Vaccine operations Central Provinces 1868-1885 - 1868-1885
Year: 1868
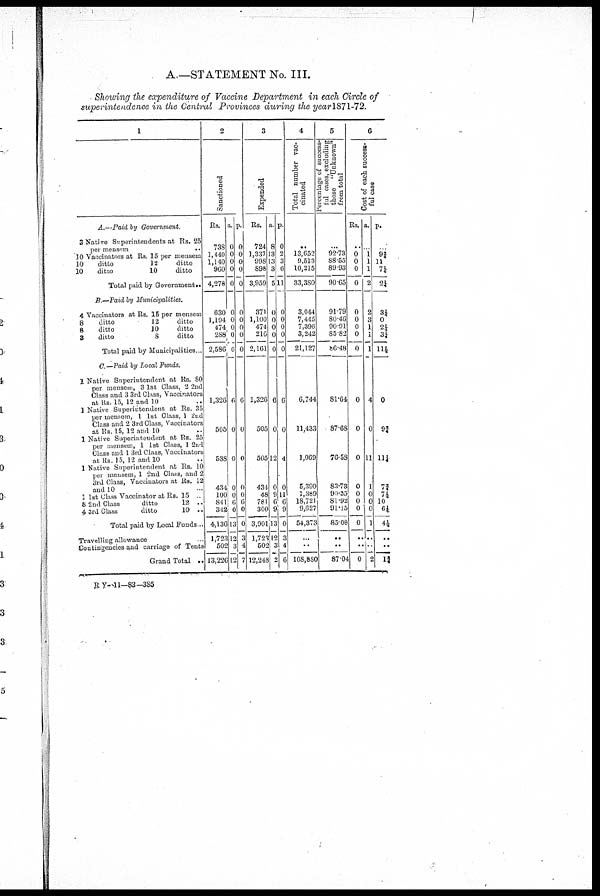
A.—STATEMENT No. III.
Showing the expenditure of Vaccine Department in each Circle of
superintendence in the Central Provinces during the year 1871-72.
1
A.—Paid by Government.
3 Native Superintendents at Rs. 25
per mensem
..
10 Vaccinators at Rs. 15 per mensem
10
ditto
12
ditto
10
ditto
10
ditto
Total paid by Government..
B.—Paid by Municipalities.
4 Vaccinators at Rs. 15 per mensem
8
ditto
12
ditto
8
ditto
10
ditto
3
ditto
8
ditto
Total paid by Municipalities. .
C.—Paid by Local Funds.
1 Native Superintendent at Rs. 80
per mensem, 31st Class, 22nd
Class and 33rd Class, Vaccinators
at Rs. 15, 12 and 10 ..
1 Native Superintendent at Rs. 35
per mensem, 1 1st Class, 1 2nd
Class and 2 3rd Class, Vaccinators
at Rs. 15, 12 and 10 ..
1 Native Superintendent at Rs. 25
per mensem, 1 1st Class, 1 2nd
Class and 1 3rd Class, Vaccinators
at Rs. 15, 12 and 10
1 Native Superintendent at Rs. 10
per mensem, 1 2nd Class, and 2
3rd. Class, Vaccinators at Rs. 12
and 10 ...
3 1st Class Vaccinator at Rs, 15
8 2nd Class
ditto
12 ..
4 3rd Class
ditto
10 ..
Total paid by Local Funds...
Travelling allowance .
Contingencies and carriage of Tents
Grand Total ..
2
Sanctioned
Rs.
738
1,440
1,140
960
4,278
630
1,194
474
288
2,586
1,326
505
588
434
100
841
342
4,136
1,723
502
13,226
a.
0
0
0
0
0
0
0
0
0
0
6
0
0
0
0
6
0
13
12
3
12
p.
0
0
0
0
0
0
0
0
0
0
6
0
0
0
0
6
0
0
3
4
7
3
Expended
Rs.
724
1,337
998
898
3,959
371
1,100
474
216
2,161
1,326
505
505
431
48
781
300
3,901
1,723
502
12,248
a.
8
13
13
3
5
0
0
0
0
0
6
0
12
0
9
6
9
13
12
3
2
p.
0
2
3
6
11
0
0
0
0
0
6
0
4
0
11
6
9
0
3
4
6
4
Total number vac-
cinated
..
13,652
9,513
10,215
33,380
3,044
7,445
7,396
3,242
21,127
6,744
11,433
1,069
5,390
1,389
18,721
9,627
54,373
...
..
108,880
5
Percentage of success¬
lul cases, excluding
those ''Unknown"
from total
...
92.73
88.55
89.93
90.65
91.79
80.46
90.91
85.82
86.48
81.64
87.68
76.58
83.73
90.35
81.92
91.15
85.08
..
..
87.04
6
Cost of each success-
ful case
Rs.
..
0
0
0
0
0
0
0
0
0
0
0
0
0
0
0
0
0
..
..
0
a.
...
1
1
1
2
2
3
1
1
1
4
0
11
1
0
0
0
1
..
..
2
p.
..
9¾
11
7¼
2¼
3¼
0
2¼
3¼
11½
0
9¾
11¼
7¾
7½
10
6¼
4½
..
..
1¾
R Y—11—83-385